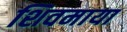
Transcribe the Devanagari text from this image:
शिवमाया